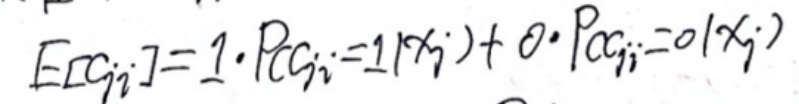
\[
E[C_{ji}]=1\cdot P(C_{ji} = 1|X_j)+0\cdot P(C_{ji}=0|X_j)
\]